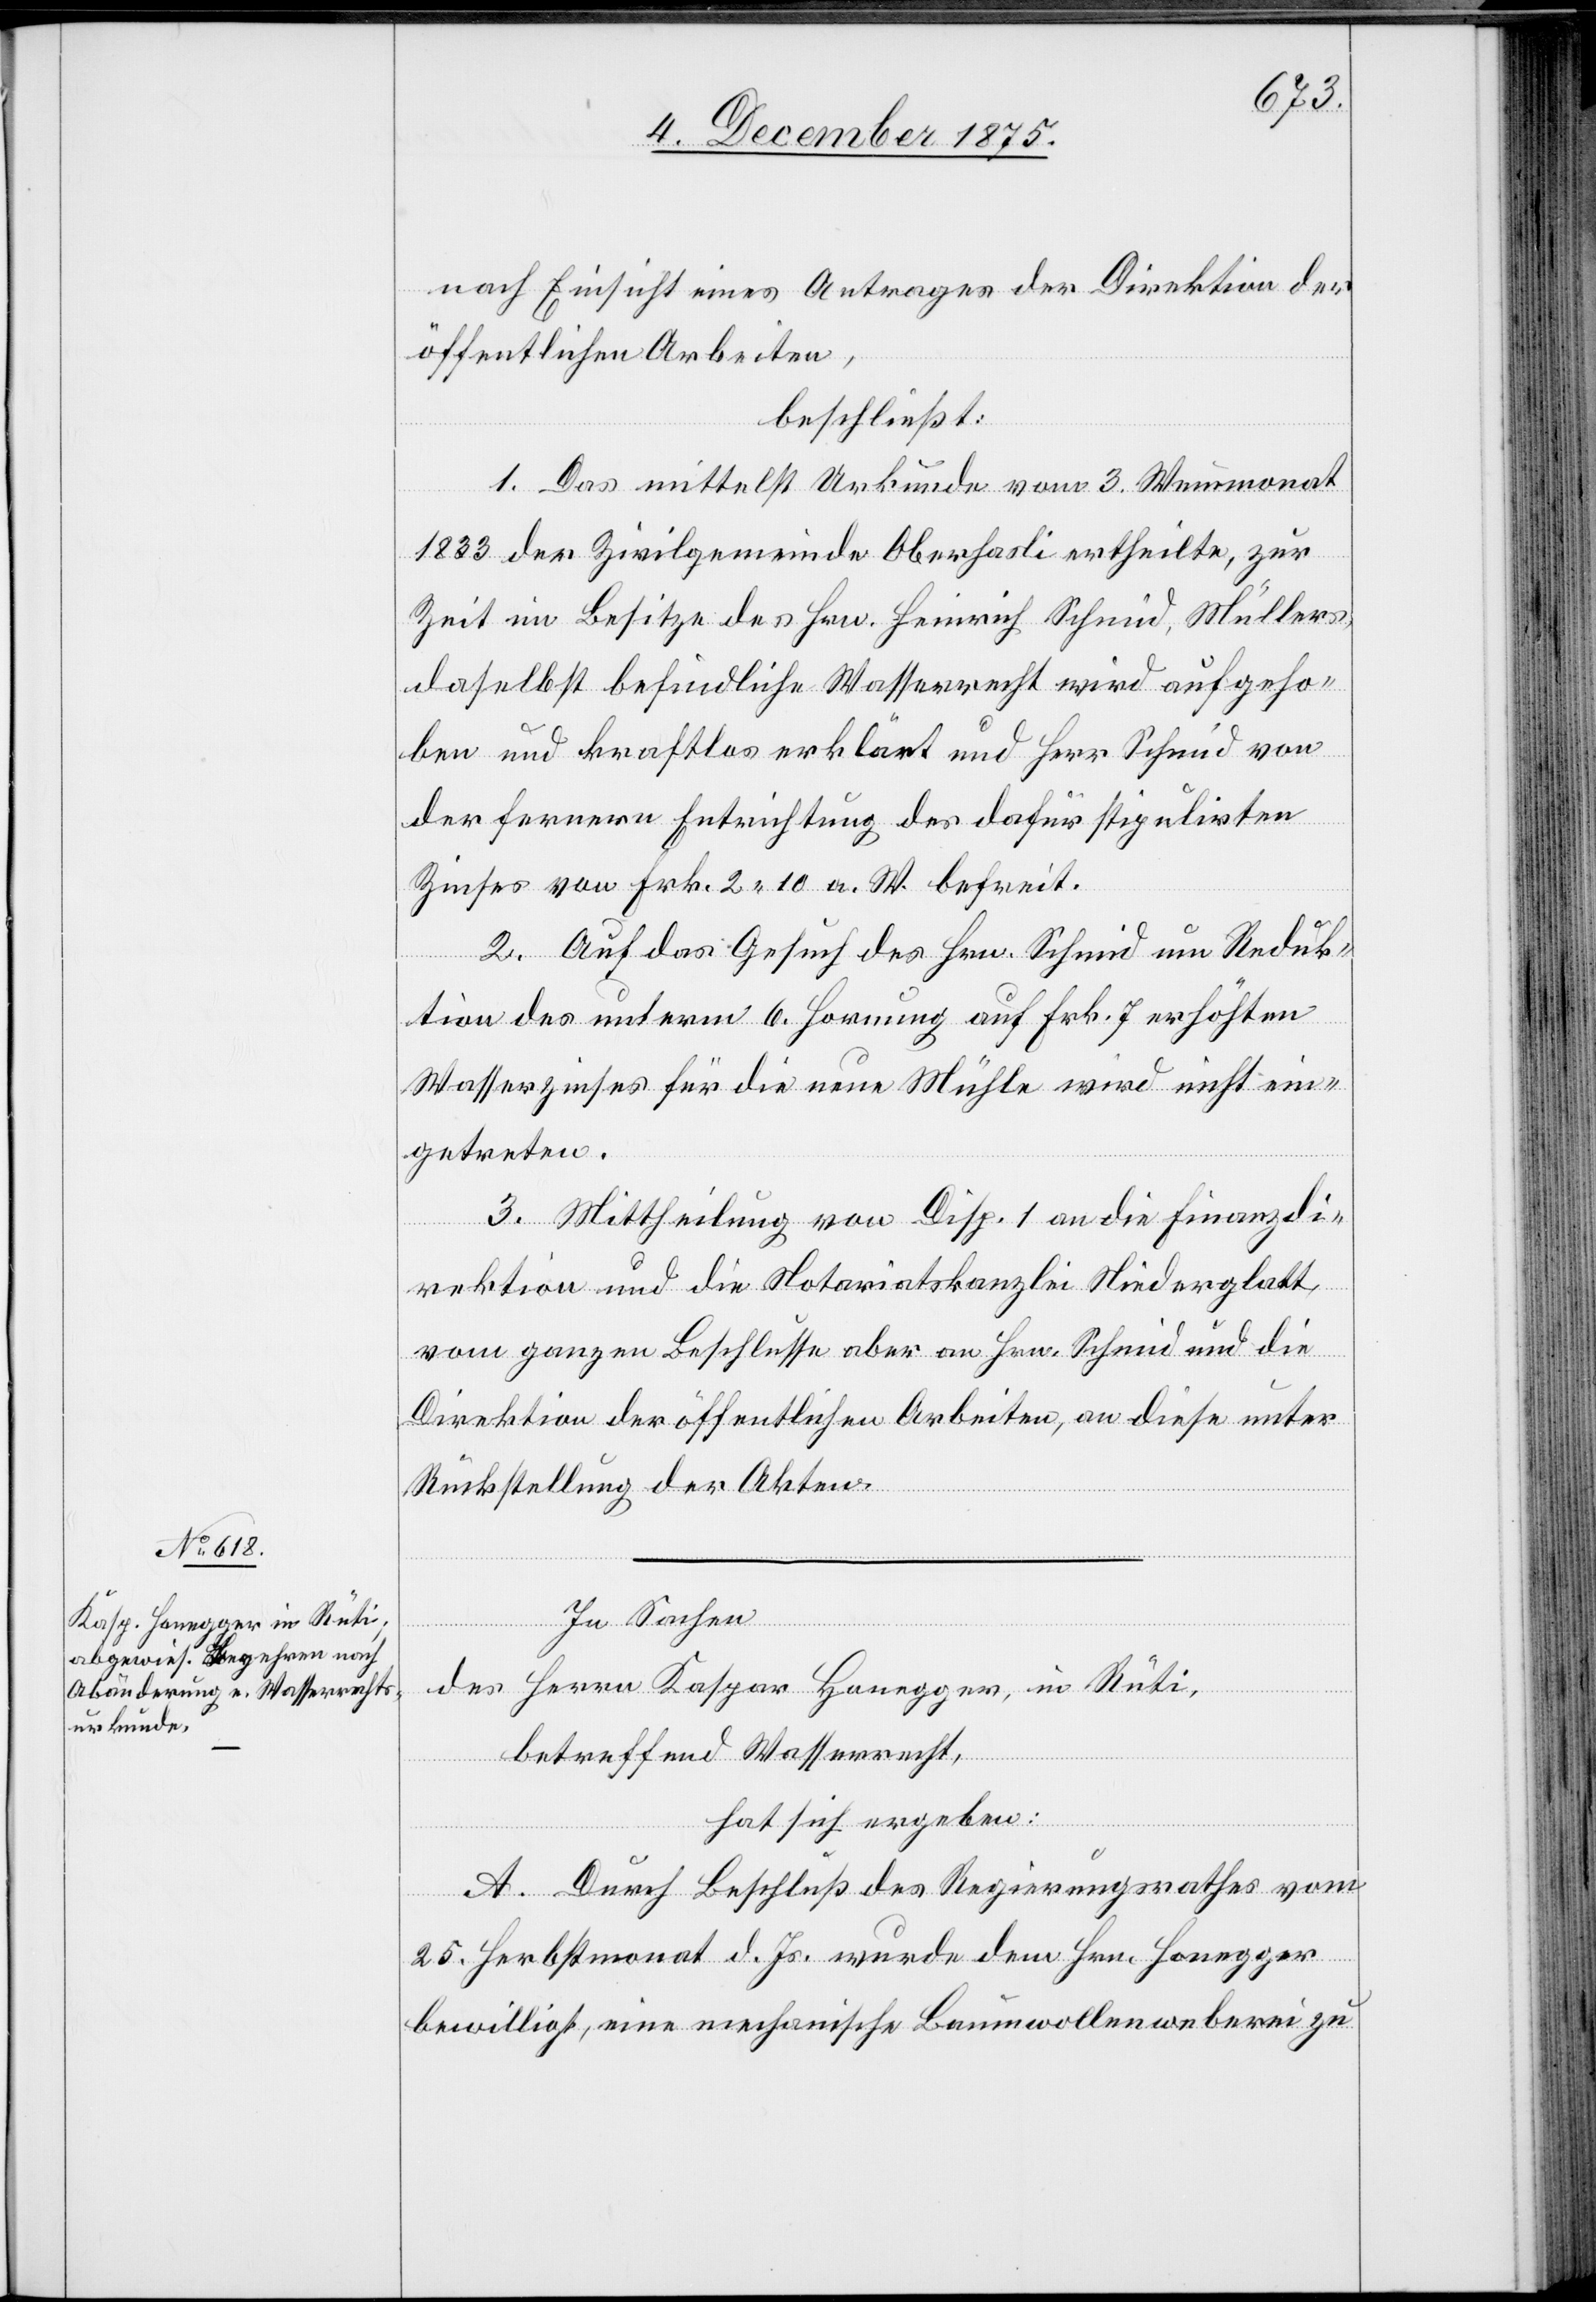
nach Einsicht eines Antrages der Direktion der
öffentlichen Arbeiten,
beschließt:
1. Das mittelst Urkunde vom 3. Weinmonat
1833 der Zivilgemeinde Oberhasli ertheilte, zur
Zeit im Besitze des Hrn. Heinrich Schmid, Müllers,
daselbst befindliche Wasserrecht wird aufgeho¬
ben und kraftlos erklärt und Herr Schmid von
der fernern Entrichtung des dafür stipulirten
Zinses von Frk. 2 10 a. W. befreit.
2. Auf das Gesuch des Hrn. Schmid um Reduk¬
tion des unterm 6. Hornung auf Frk. 7 erhöhten
Wasserzinses für die neue Mühle wird nicht ein¬
getreten.
3. Mittheilung von Disp. 1 an die Finanzdi¬
rektion und die Notariatskanzlei Niederglatt,
vom ganzen Beschlusse aber an Hrn. Schmid und die
Direktion der öffentlichen Arbeiten, an diese unter
Rückstellung der Akten.
In Sachen
des Herrn Kaspar Honegger, in Rüti,
betreffend Wasserrecht,
hat sich ergeben:
A. Durch Beschluß des Regierungsrathes vom
25. Herbstmonat d. Js. wurde dem Hrn. Honegger
bewilligt, eine mechanische Baumwollenweberei zu